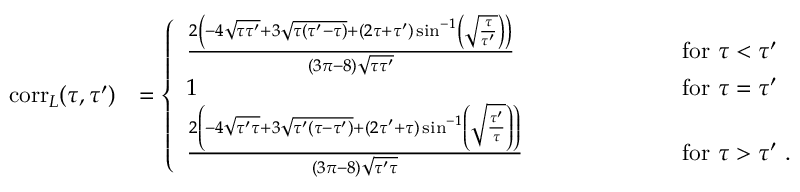
\begin{array} { r l } { \mathrm { c o r r } _ { L } ( \tau , \tau ^ { \prime } ) } & { = \left\{ \begin{array} { l l } { \frac { 2 \left( - 4 \sqrt { \tau \tau ^ { \prime } } + 3 \sqrt { \tau ( \tau ^ { \prime } - \tau ) } + ( 2 \tau + \tau ^ { \prime } ) \sin ^ { - 1 } \left( \sqrt { \frac { \tau } { \tau ^ { \prime } } } \right) \right) } { ( 3 \pi - 8 ) \sqrt { \tau \tau ^ { \prime } } } \qquad \quad \, } & { \mathrm { f o r } \ \tau < \tau ^ { \prime } } \\ { 1 \quad \ \ \qquad \qquad \qquad \qquad \qquad \qquad \qquad \qquad \qquad \, } & { \mathrm { f o r } \ \tau = \tau ^ { \prime } } \\ { \frac { 2 \left( - 4 \sqrt { \tau ^ { \prime } \tau } + 3 \sqrt { \tau ^ { \prime } ( \tau - \tau ^ { \prime } ) } + ( 2 \tau ^ { \prime } + \tau ) \sin ^ { - 1 } \left( \sqrt { \frac { \tau ^ { \prime } } { \tau } } \right) \right) } { ( 3 \pi - 8 ) \sqrt { \tau ^ { \prime } \tau } } \qquad } & { \mathrm { f o r } \ \tau > \tau ^ { \prime } \ . } \end{array} \right. } \end{array}